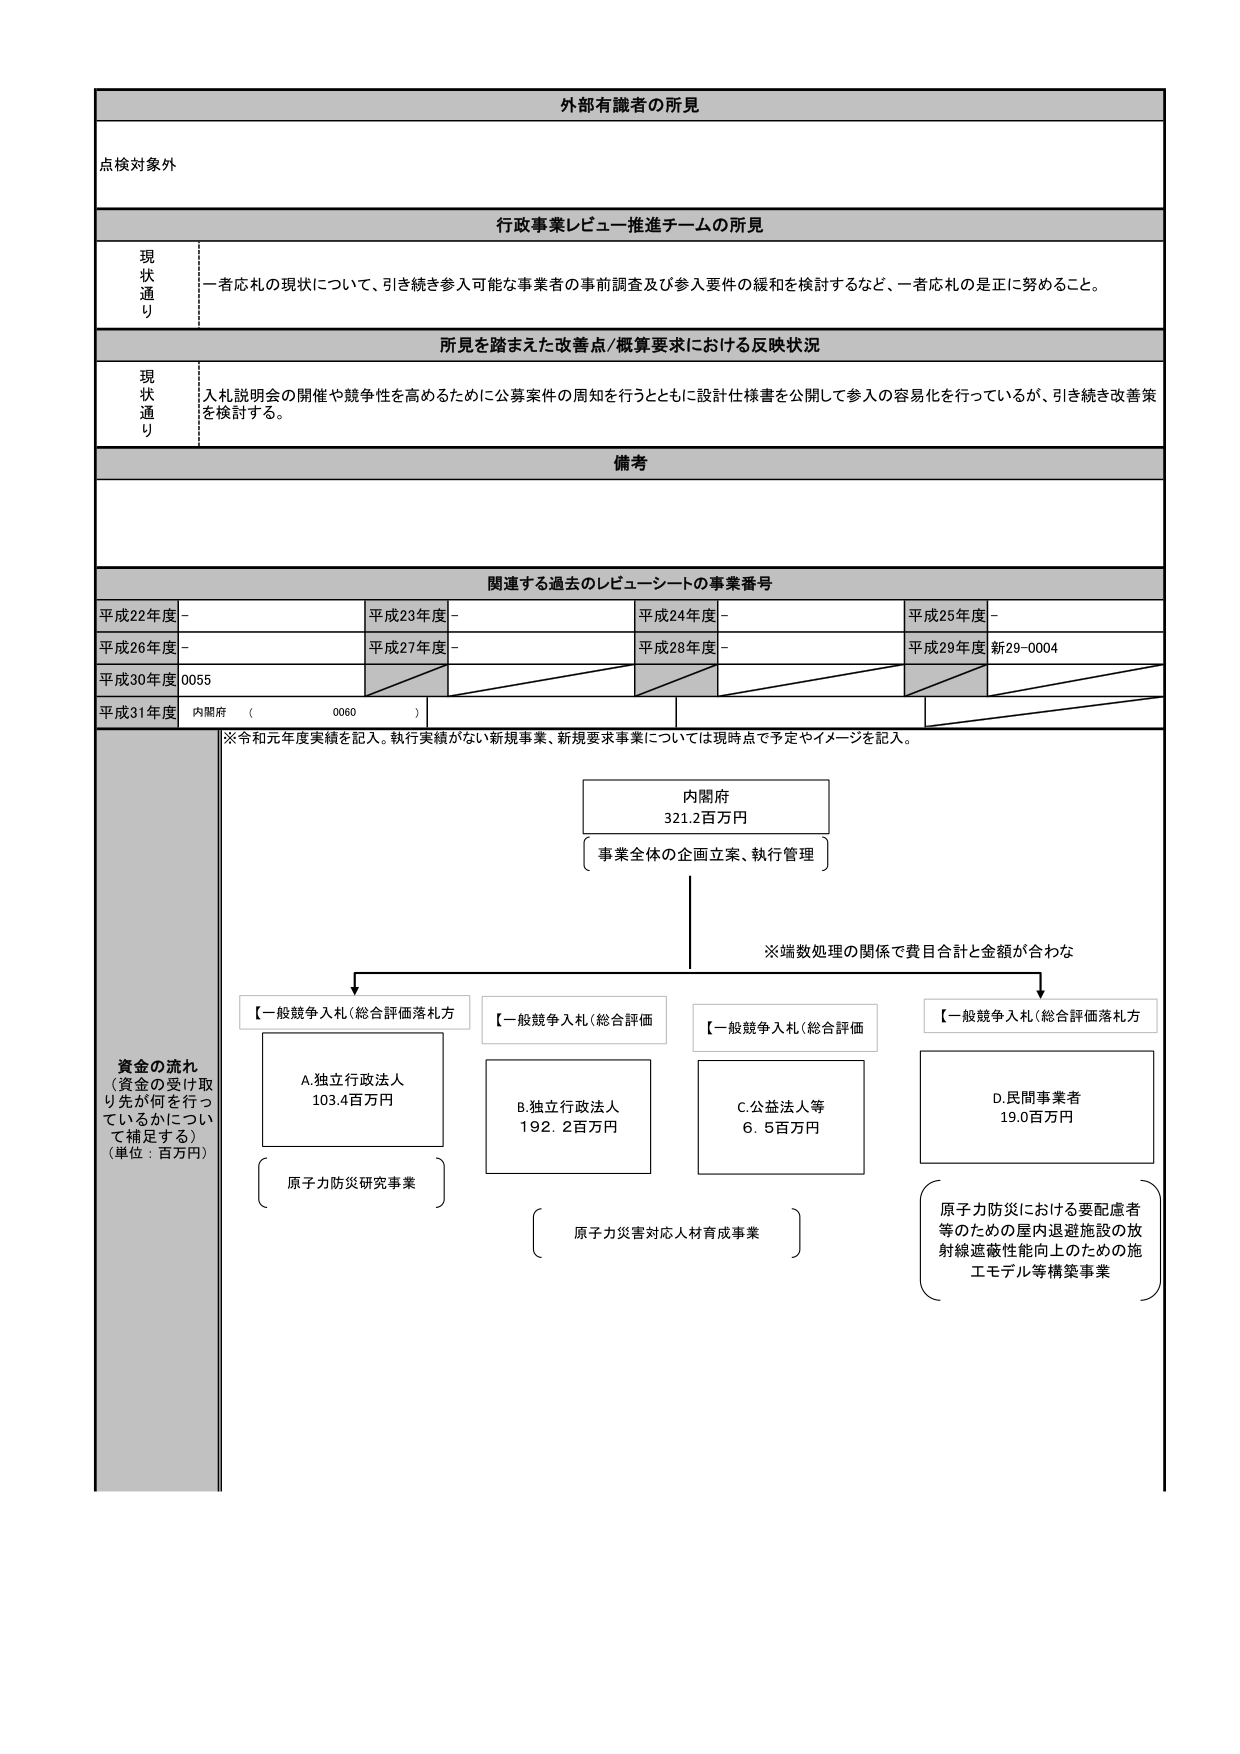
外部有識者の所見
点検対象外

行政事業レビュー推進チームの所見
現状通り
一者応札の現状について、引き続き参入可能な事業者の事前調査及び参入要件の緩和を検討するなど、一者応札の是正に努めること。

所見を踏まえた改善点/概算要求における反映状況
現状通り
入札説明会の開催や競争性を高めるために公募案件の周知を行うとともに設計仕様書を公開して参入の容易化を行っているが、引き続き改善策を検討する。

備考

関連する過去のレビューシートの事業番号
平成22年度 -
平成23年度 -
平成24年度 -
平成25年度 -
平成26年度 -
平成27年度 -
平成28年度 -
平成29年度 新29-0004
平成30年度 0055
平成31年度 内閣府 （ 0060 ）

※令和元年度実績を記入。執行実績がない新規事業、新規要求事業については現時点で予定やイメージを記入。

資金の流れ
（資金の受け取り先が何を行っているかについて補足する）
（単位：百万円）

内閣府
321.2百万円
（事業全体の企画立案、執行管理）

※端数処理の関係で費目合計と金額が合わな

【一般競争入札（総合評価落札方式）】
A. 独立行政法人
103.4百万円
（原子力防災研究事業）

【一般競争入札（総合評価）】
B. 独立行政法人
192.2百万円
（原子力災害対応人材育成事業）

【一般競争入札（総合評価）】
C. 公益法人等
6.5百万円

【一般競争入札（総合評価落札方式）】
D. 民間事業者
19.0百万円
（原子力防災における要配慮者等のための屋内退避施設の放射線遮蔽性能向上のための施工モデル等構築事業）